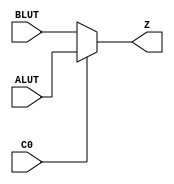
module PFUMX_1 (input ALUT, BLUT, C0, output Z);
	assign Z = C0 ? ALUT : BLUT;
endmodule